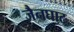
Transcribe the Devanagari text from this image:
जैनघाट